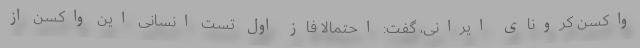
واکسن کرونای ایرانی، گفت: احتمالا فاز اول تست انسانی این واکسن از